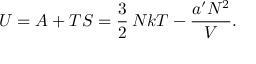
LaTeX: U = A + T S = { \frac { 3 } { 2 } } \, N k T - { \frac { a ^ { \prime } N ^ { 2 } } { V } } .